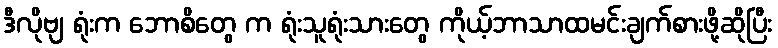
ဒီလိုဗျ ရုံးက ဘောစိတွေ က ရုံးသူရုံးသားတွေ ကိုယ့်ဘာသာထမင်းချက်စားဖို့ဆိုပြီး